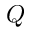
Q